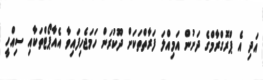
އަދި އެ ޕްރޮގްރާމްގެ ދަށުން އަމިއްލަ ފަރާތްތަކަށް ދޫކުރަން ހަމަޖެހިފައިވާ އެއާޕޯޓްތަކާއި ސިއްހީ